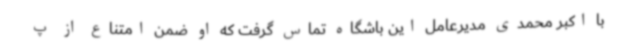
با اکبر محمدی مدیرعامل این باشگاه تماس گرفت که او ضمن امتناع از پ